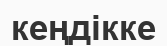
кеңдікке